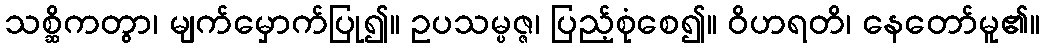
သစ္ဆိကတွာ၊ မျက်မှောက်ပြု၍။ ဥပသမ္ပဇ္ဇ၊ ပြည့်စုံစေ၍။ ဝိဟရတိ၊ နေတော်မူ၏။